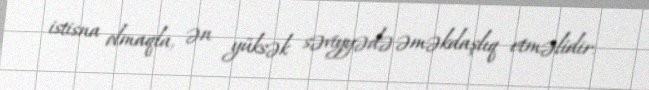
istisna olmaqla, ən yüksək səviyyədə əməkdaşlıq etməlidir.